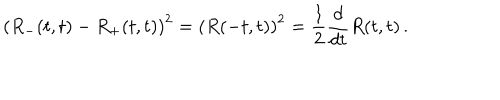
LaTeX: \left( R _ { - } ( t , t ) - R _ { + } ( t , t ) \right) ^ { 2 } = \left( R ( - t , t ) \right) ^ { 2 } = { \frac { 1 } { 2 } } { \frac { d } { d t } } R ( t , t ) \, .